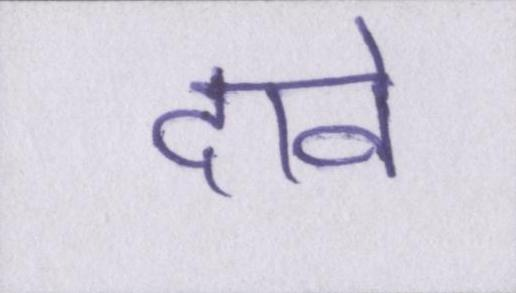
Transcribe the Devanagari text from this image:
दावे